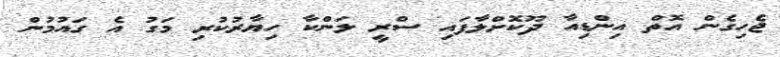
ޖެހިގެން އޮތް އިންޑިއާ ދޫކޮށްލާފައި ސްރީ ލަންކާ ހިޔާރުކުރި މަގު އެ ގައުމުން